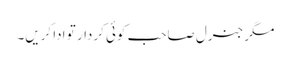
مگر جنرل صاحب کوئی کردار تو ادا کریں۔